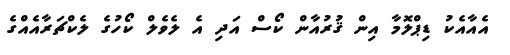
އެއާއެކު ޑިޕްލޮމާ އިން ޤުރުއާން ކޯސް އަދި އެ ލެވެލް ކޯހުގެ ލެކްޗަރާއެއްގެ